Burma Government Medical School reports 1907-22
Year: 1907
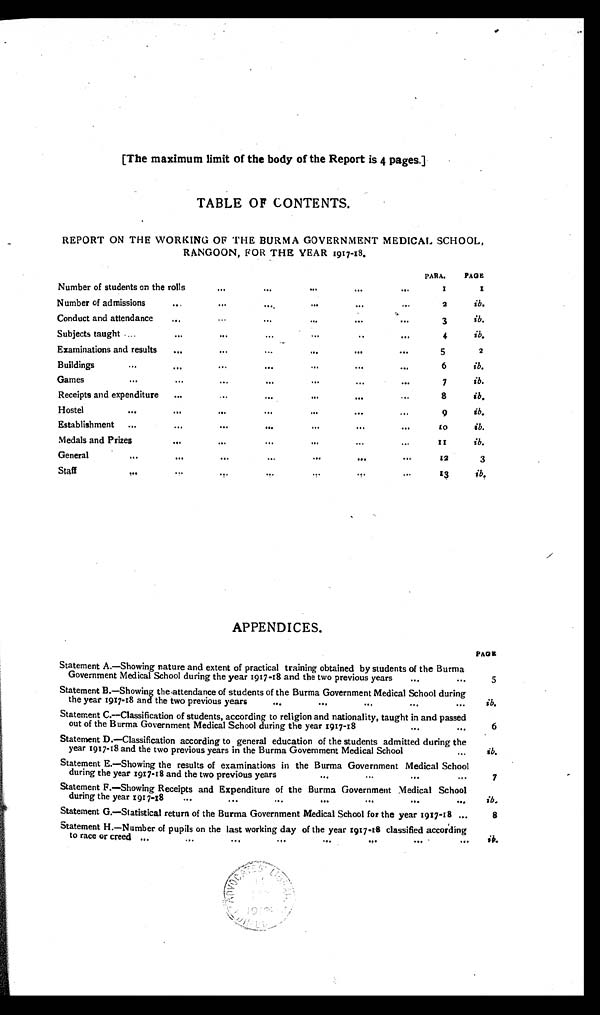
[The maximum limit of the body of the Report is 4 pages.]
TABLE OF CONTENTS.
REPORT ON THE WORKING OF THE BURMA GOVERNMENT MEDICAL SCHOOL,
RANGOON, FOR THE YEAR 1917-18.
PARA.
PAGE
Number of students on the rolls ...
...
...
...
...
...
1
1
Number of admissions ...
...
...
...
...
...
..
2
ib.
Conduct and attendance
...
...
...
...
...
...
...
3
ib.
Subjects taught ...
...
...
...
...
...
...
4
ib.
Examinations and results
...
...
...
...
...
...
5
2
Buildings
...
...
...
...
...
...
...
6
ib.
Games . . .
...
...
...
...
...
...
7
ib.
Receipts and expenditure ...
...
...
...
...
...
8
ib.
Hostel
...
...
...
...
...
...
...
9
ib.
Establishment ...
...
...
...
...
...
...
10
ib.
Medals and Prizes
...
...
...
...
...
...
11
ib.
General
...
...
...
...
...
...
...
12
3
Staff
...
...
...
...
...
...
...
13
ib.
APPENDICES.
Statement A.—Showing nature and extent of practical training obtained by students of the Burma
Government Medical School during the year 1917-18 and the two previous years
...
. . .
PAGE
5
Statement B.—Showing the attendance of students of the Burma Government Medical School during
the year 1917-18 and the two previous years
...
. . . . . .
. . . . . .
ib.
Statement C.—Classification of students, according to religion and nationality, taught in and passed
out of the Burma Government Medical School during the year 1917-18
...
...
6
Statement D.—Classification according to general education of the students admitted during the
year 1917-18 and the two previous years in the Burma Government Medical School
...
ib.
Statement E.—Showing the results of examinations in the Burma Government Medical School
during the year 1917-18 and the two previous years
...
...
...
...
7
Statement F.—Showing Receipts and Expenditure of the Burma Government Medical School
during the year 1917-18 ...
...
. . . . . .
. . .
. . . . . .
ib .
Statement G.—Statistical return of the Burma Government Medical School for the year 1917-18 ...
8
Statement H.—Number of pupils on the last working day of the year 1917-18 classified according
to race or creed .......
...
...
...
...
...
...
ib.